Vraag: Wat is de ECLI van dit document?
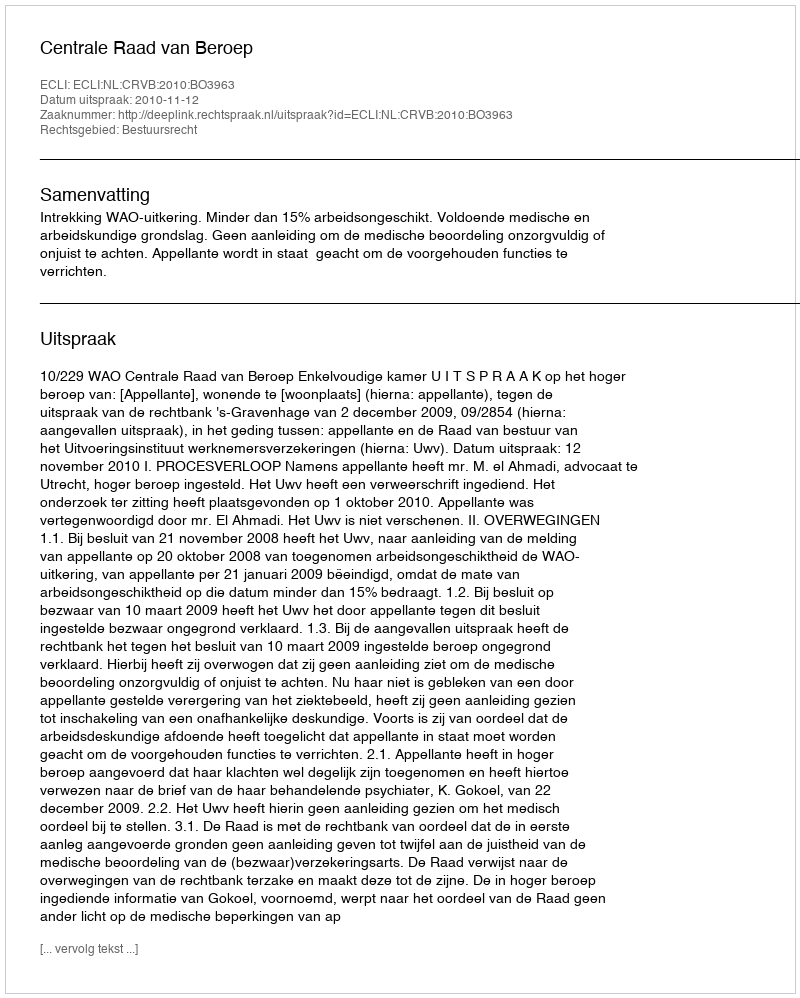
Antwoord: ECLI:NL:CRVB:2010:BO3963